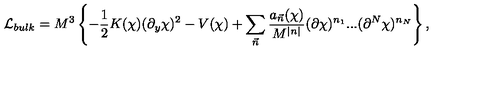
{ \cal L } _ { b u l k } = M ^ { 3 } \left\{ - \frac { 1 } { 2 } K ( \chi ) ( \partial _ { y } \chi ) ^ { 2 } - V ( \chi ) + \sum _ { \vec { n } } \frac { a _ { \vec { n } } ( \chi ) } { M ^ { | n | } } ( \partial \chi ) ^ { n _ { 1 } } . . . ( \partial ^ { N } \chi ) ^ { n _ { N } } \right\} ,